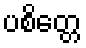
ပစိတ္တေ